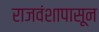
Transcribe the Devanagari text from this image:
राजवंशापासून